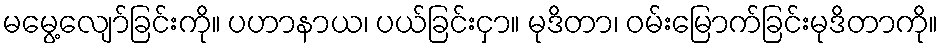
မမွေ့လျော်ခြင်းကို။ ပဟာနာယ၊ ပယ်ခြင်းငှာ။ မုဒိတာ၊ ဝမ်းမြောက်ခြင်းမုဒိတာကို။